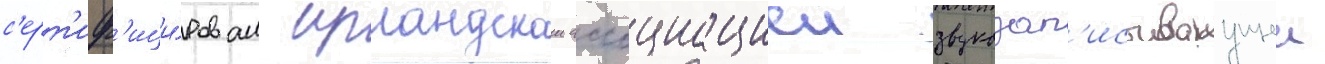
с'ерт'иф'ици́рован ирландскои ассоциациеи звукозап'исываущеи